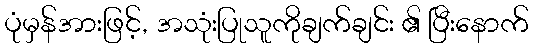
ပုံမှန်အားဖြင့်, အသုံးပြုသူကိုချက်ချင်း ၏ ပြီးနောက်